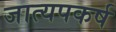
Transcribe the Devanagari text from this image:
जात्यपकर्ष